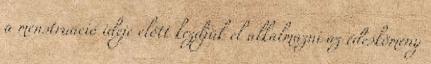
a menstruáció ideje előtt kezdjük el alkalmazni az édeskömény